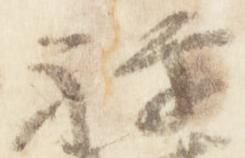
禅